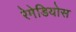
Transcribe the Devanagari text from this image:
रेमेडियोस